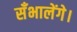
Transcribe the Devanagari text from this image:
सँभालेंगे।